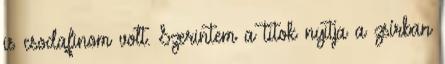
is csodafinom volt. Szerintem a titok nyitja a zsírban